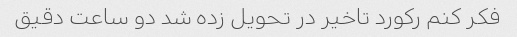
فکر کنم رکورد تاخیر در تحویل زده شد دو ساعت دقیق